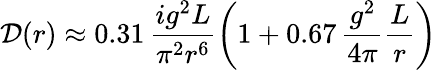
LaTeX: {\cal D}(r)\approx 0.31\, \frac{ig^{2}L}{\pi^{2}r^{6}}\left(1+0.67\, \frac{g^{2}}{4\pi}\frac{L}{r}\right)